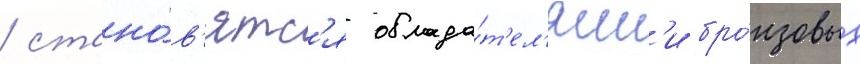
/ стано́в'ятс'я облада́т'ел'ям'и бро́нзовых